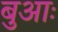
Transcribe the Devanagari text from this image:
बुआः